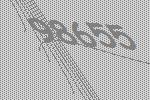
98655